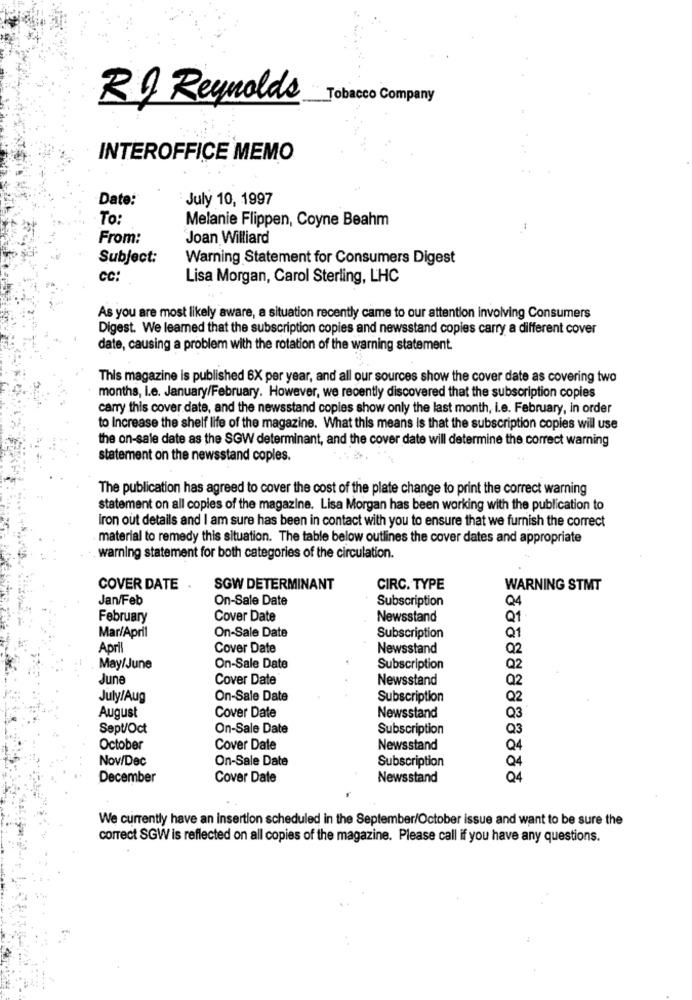
Tobacco Company
RO Reynolds
INTEROFFICE MEMO
Date:
July 10, 1997
To:
Melanie Flippen, Coyne Beahm
From:
Joan Williard
Subject:
Warning Statement for Consumers Digest
CC:
Lisa Morgan, Carol Sterling, LHC
As you are most likely aware, a situation recently came to our attention involving Consumers
Digest. We learned that the subscription copies and newsstand copies carry a different cover
date, causing a problem with the rotation of the warning statement.
This magazine is published 6X per year, and all our sources show the cover date as covering two
months, i.e. January/February. However, we recently discovered that the subscription copies
carry this cover date, and the newsstand copies show only the last month, i.e. February, in order
to Increase the shelf life of the magazine. What this means is that the subscription copies will use
the on-sale date as the SGW determinant, and the cover date will determine the correct warning
statement on the newsstand coples.
The publication has agreed to cover the cost of the plate change to print the correct warning
statement on all copies of the magazine. Lisa Morgan has been working with the publication to
iron out details and I am sure has been in contact with you to ensure that we furnish the correct
material to remedy this situation. The table below outlines the cover dates and appropriate
warning statement for both categories of the circulation.
COVER DATE
SGW DETERMINANT
CIRC. TYPE
WARNING STMT
Jan/Feb
On-Sale Date
Subscription
Q4
February
Cover Date
Newsstand
Q1
Mar/April
Subscription
On-Sale Date
Q1
April
Cover Date
Newsstand
Q2
May/June
On-Sale Date
Subscription
Q2
June
Cover Date
Newsstand
Q2
July/Aug
On-Sale Date
Subscription
Q2
Cover Date
August
Newsstand
Q3
Sept/Oct
On-Sale Date
Subscription
Q3
October
Cover Date
Newsstand
Q4
Nov/Dec
On-Sale Date
Subscription
04
December
Cover Date
Newsstand
04
We currently have an Insertion scheduled in the September/October issue and want to be sure the
correct SGW is reflected on all copies of the magazine. Please call if you have any questions.